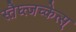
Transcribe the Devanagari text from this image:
स्तैघ्त्जच्केत्स्